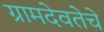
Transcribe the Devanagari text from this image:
ग्रामदेवतेचे